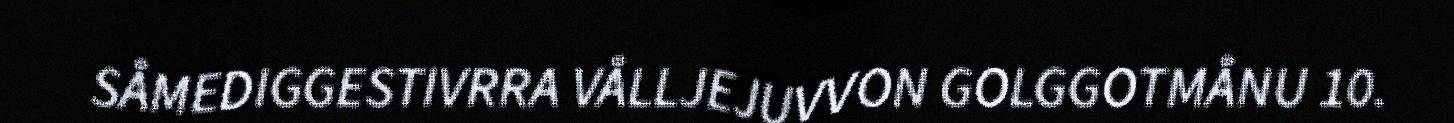
SÅMEDIGGESTIVRRA VÅLLJEJUVVON GOLGGOTMÅNU 10.